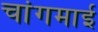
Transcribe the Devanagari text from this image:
चांगमाई